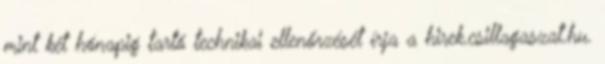
mint két hónapig tartó technikai ellenőrzését írja a hirek.csillagaszat.hu.